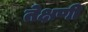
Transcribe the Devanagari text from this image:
तेक्षणी